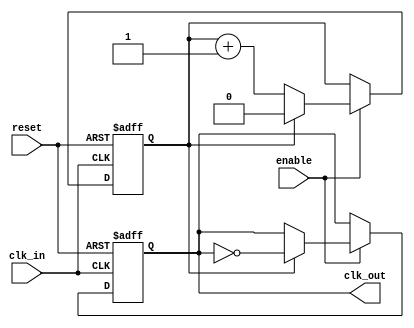
module clock_divider #(
    parameter N = 2  // Division factor (must be a positive integer)
)(
    input wire clk_in,   // Input clock
    input wire reset,    // Asynchronous reset
    input wire enable,   // Enable signal
    output reg clk_out   // Output divided clock
);

    // Internal counter
    reg [$clog2(N)-1:0] counter; // Counter size based on N

    // Always block for clock division
    always @(posedge clk_in or posedge reset) begin
        if (reset) begin
            counter <= 0;      // Reset counter
            clk_out <= 0;      // Reset output clock
        end else if (enable) begin
            if (counter == (N-1)) begin
                clk_out <= ~clk_out; // Toggle output clock
                counter <= 0;         // Reset counter
            end else begin
                counter <= counter + 1; // Increment counter
            end
        end
    end

endmodule